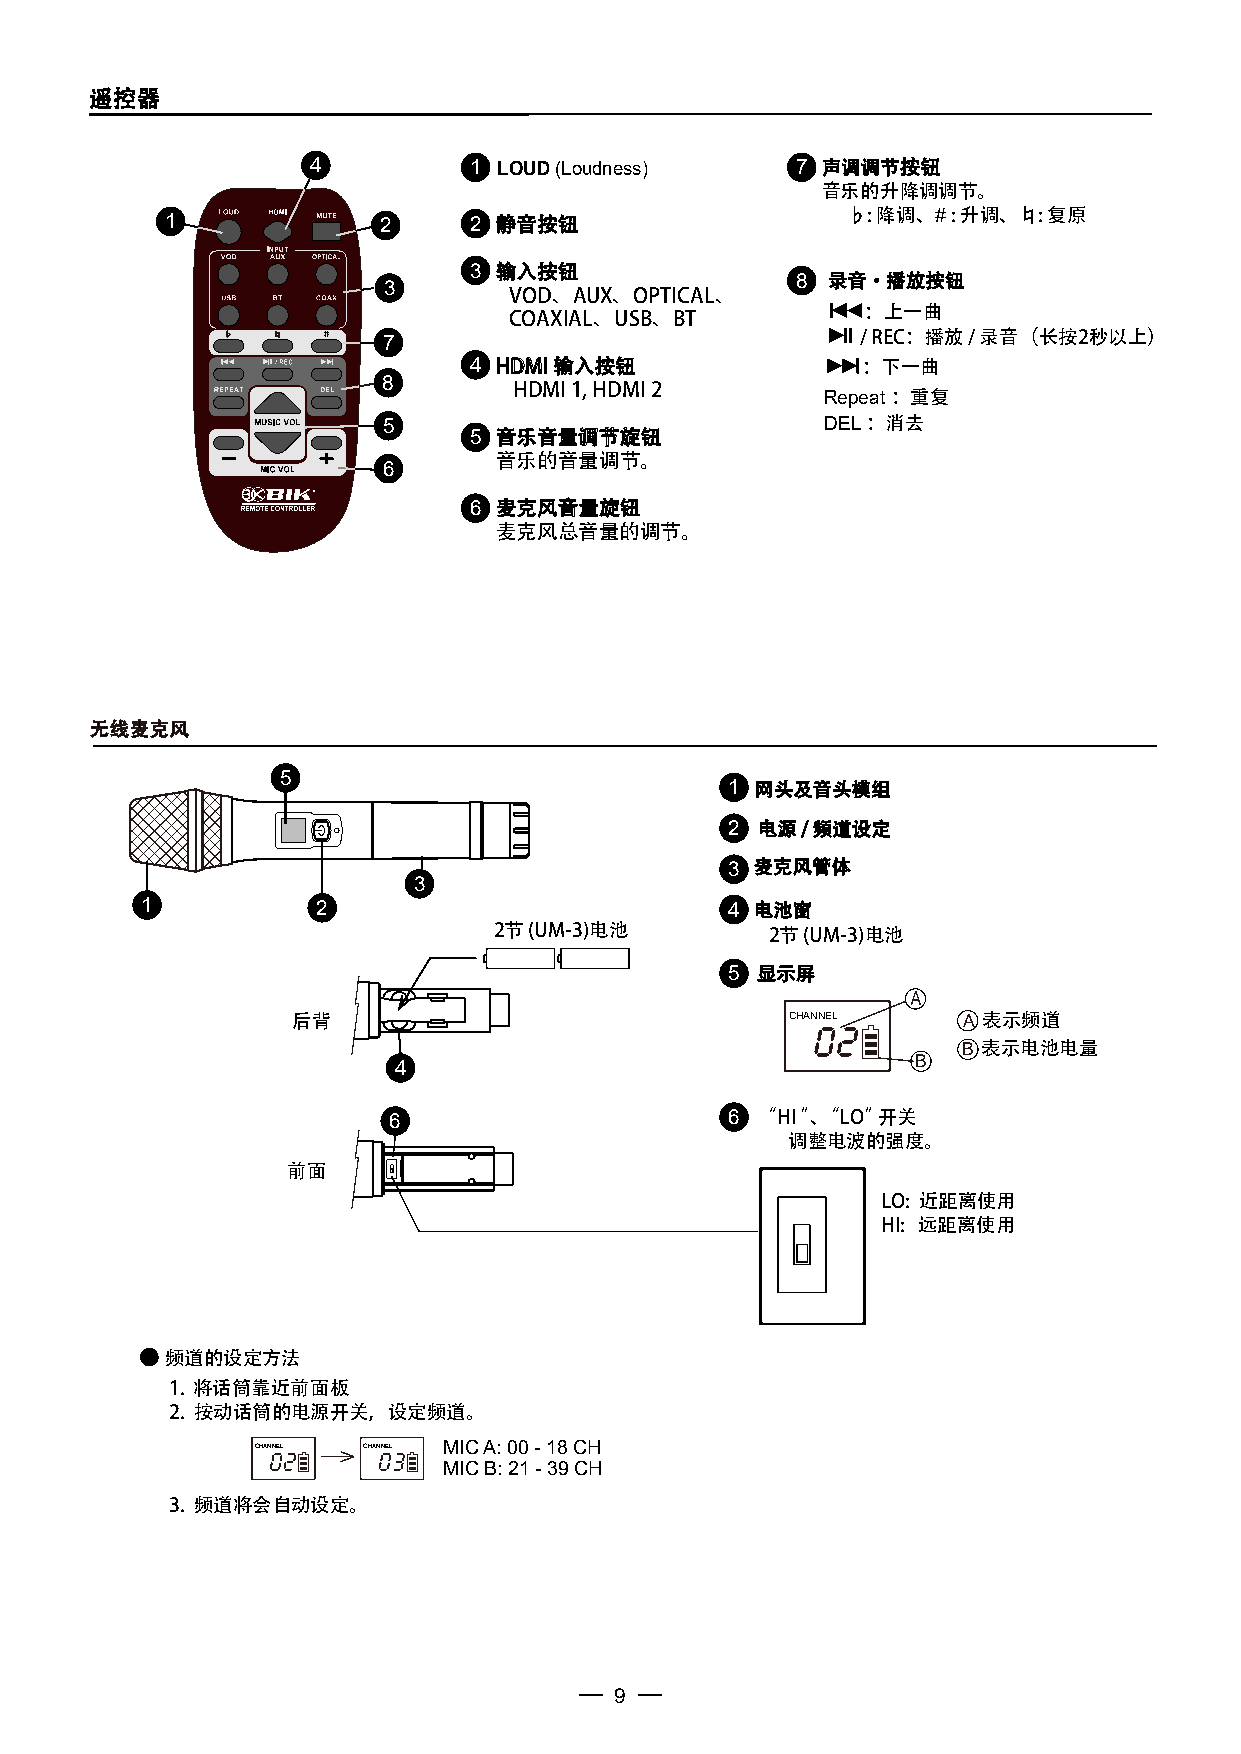
遥控器
 4         1 LOUD (Loudness)     7 声调调节按钮
 音乐的升降调调节。
 1             2     2 静音按钮
 ♭: 降调、# : 升调、♮: 复原
 3 输入按钮
 8 录音·播放按钮
 3
 VOD、AUX、OPTICAL、
 ：上一曲
 COAXIAL、USB、BT
 7                               / REC：播放 / 录音（长按2秒以上）
 4 HDMI 输入按钮               ：下一曲
 8
 HDMI 1, HDMI 2
 Repeat：重复
 5                             DEL：消去
 5 音乐音量调节旋钮
 音乐的音量调节。
 6
 6 麦克风音量旋钮
 麦克风总音量的调节。
 无线麦克风
 5
 1 网头及音头模组
 2 电源 / 频道设定
 3 麦克风管体
 3
 1           2                          4 电池窗
 2节 (UM-3)电池       2节 (UM-3)电池
 5 显示屏
 A
 后背                               CHANNEL     A 表示频道
 B 表示电池电量
 4                                  B
 6                     6 “HI ”、“LO” 开关
 调整电波的强度。
 前面
 LO: 近距离使用
 HI: 远距离使用
 ● 频道的设定方法
 1. 将话筒靠近前面板
 2. 按动话筒的电源开关，设定频道。
 CHANNEL CHANNEL MIC A: 00 - 18 CH
 MIC B: 21 - 39 CH
 3. 频道将会自动设定。
 9